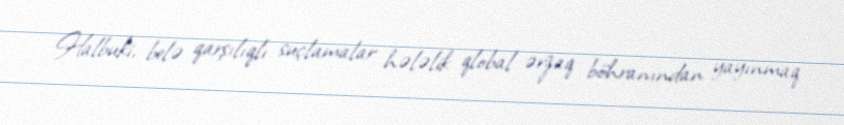
Halbuki, belə qarşılıqlı suçlamalar hələlik qlobal ərzaq böhranından yayınmaq